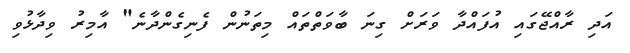
އަދި ރާއްޖޭގައި އުފައްދާ ވަރަށް ގިނަ ބާވަތްތައް މިތަނުން ފެނިގެންދާނެ" އާމިރު ވިދާޅުވި